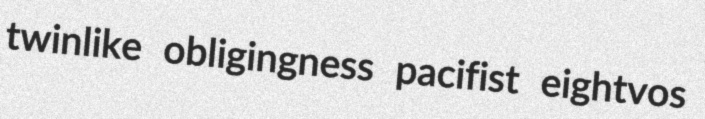
twinlike obligingness pacifist eightvos